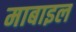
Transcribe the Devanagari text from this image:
माबाइल